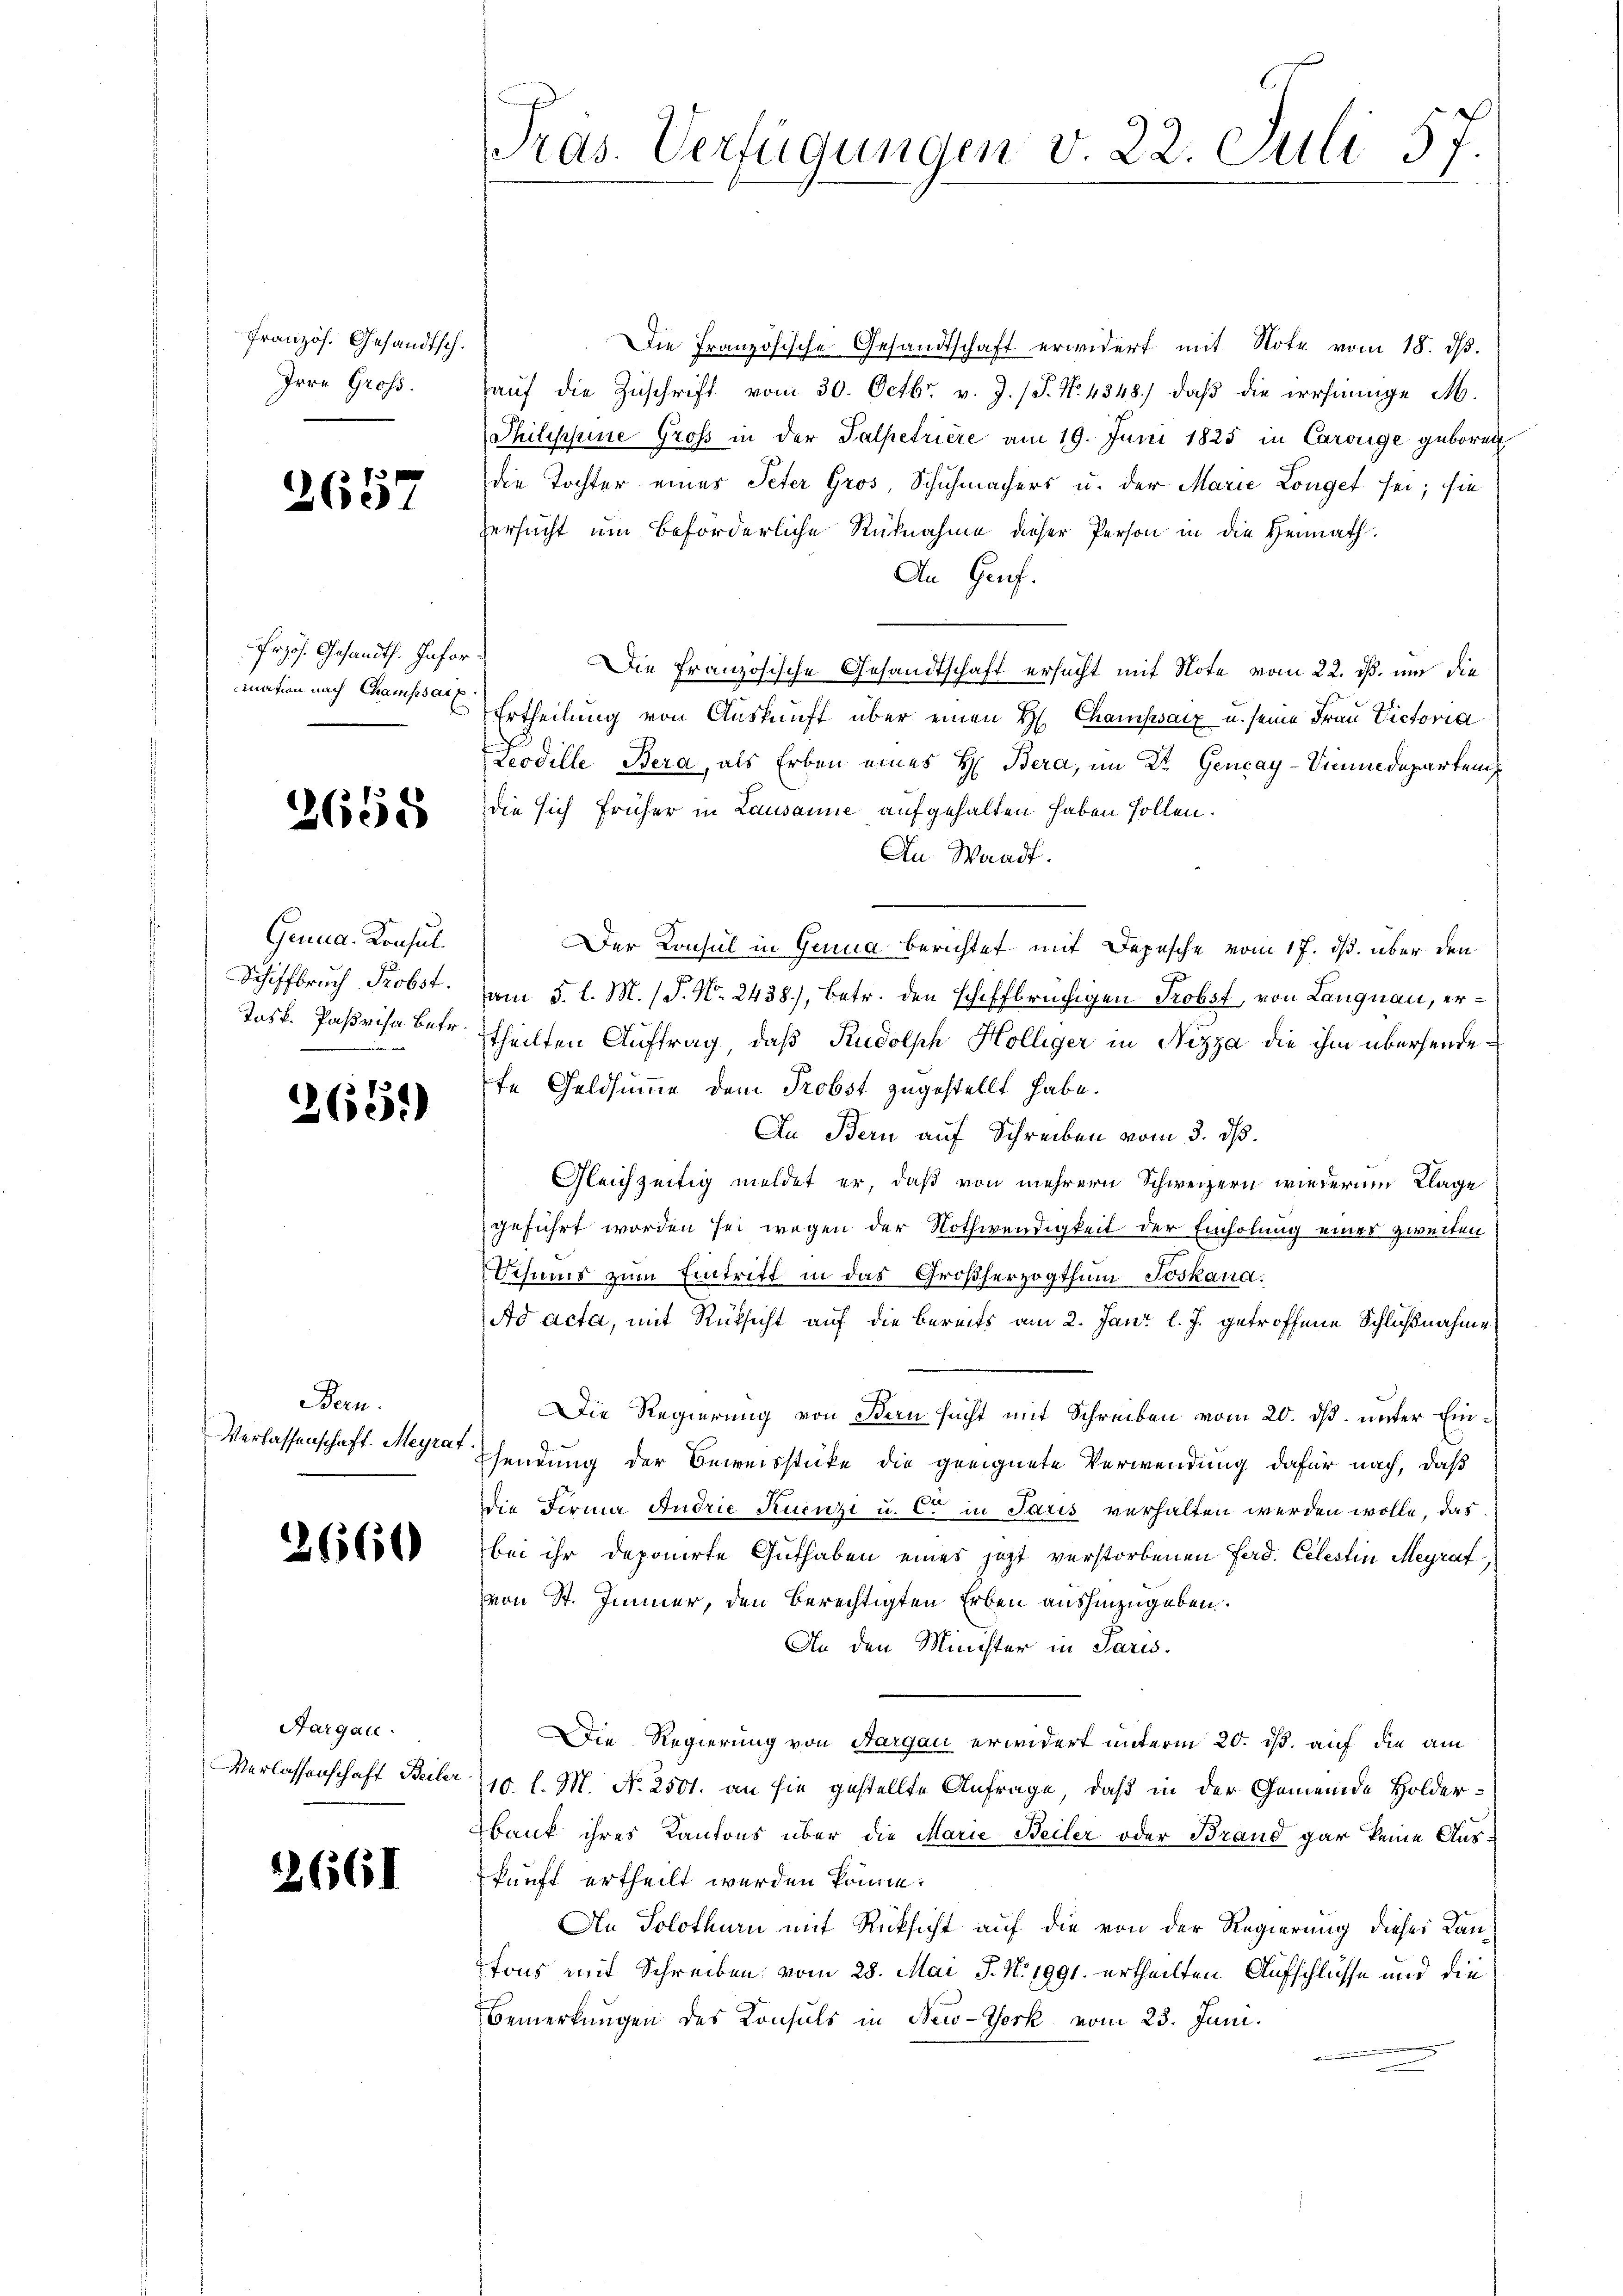
Französ. Gesandtsch.
Irre Gross.

2657

rzös. Gesandth. Information nach Champsatz

2658

Genua, Konsul.
Schiffbruch Probst.
Jask. Parisa Betr

265)

Bern.
Verlassenschaft Meyrat

2660

Aargau.
Verlassenschaft Beiler

2661

Pras. Verfügungen v. 22. Juli 57.

Die Französische Gesandtschaft erwidert mit Note vom 18. ds.
aŭf die Zŭschrift vom 30. Octbr. v. J. (T. No 4848) daβ die irrsinnige M.
Thilischeine Groß in der Salpetriere am 19. Juni 1825 in Carouge geboren
die Tochter eines Peter Gros, Schuhmachers u. der Marie Longet sei; sie
Versucht um beförderliche Rücknahme dieser Person in die Heimath.
An Genf.
Die Französische Gesandtschaft ersucht mit Note vom 22. ds. um die
Ertheilung von Auskunft über einen H. Champsaiz u. seine Frau Victoria
Leodille Bera, als Erben eines H. Bera, im Dr. Gencay-Vimundepartem,
die sich früher in Lausanne aufgehalten haben sollen.
An Waadt.
Der Konsul in Genua berichtet mit Depesche vom 17. ds. über den
am 5. l. M. /J. No. 2438), betr. den schiffbrüchigen Probst, von Langnau, ertheilten Auftrag, daß Rudolph Hölliger in Nizza die ihm übersendepfe Geldsumme dem Probst zugestellt habe.
An Bern auf Schreiben vom 3. ds.
Gleichzeitig meldet er, daß von mehrern Schweizern wiederum Klage
geführt worden sei wegen der Nothwendigkeit der Einholung eines zweiten
Sthums zum Eintritt in das Großherzogthum Joskana.
Ad acta, mit Rücksicht auf die bereits am 2. Jani l. J. getroffene Schlußnahme
Die Regierung von Bern sucht mit Schreiben vom 20. ds. unter Ein¬
Esendung der Beweisstücke die geeignete Verwendung dafür nach, daß
ie Feria Andrie Kuenzi u. C. in Paris verhalten werden wolle, das
bei ihr deponirte Guthaben eines jetzt verstorbenen Ferd. Celestin Meyraf
von St. Immer, den berechtigten Erben aushinzugeben.
An den Minister in Paris.
Die Regierung von Aargau erwidert unterm 20. ist auf die am
10. l. M. N. 2501. an sie gestellte Anfrage, daß in der Gemeinde Holder¬
Bank ihres Kantons über die Marie Beiler oder Brand gar keine Aus-
kunft ertheilt werden könne.
Ain Solothurn mit Rücksicht auf die von der Regierung dieses Kanpfons mit Schreiben vom 28. Mai J. N. 1991. ertheilten Aufschlüsse und die
Bemerkungen des Konsuls in New-York vom 23. Juni.